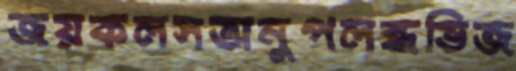
জয়কলসঅনুপলব্ধভিজ